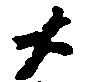
大